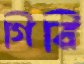
গিরি